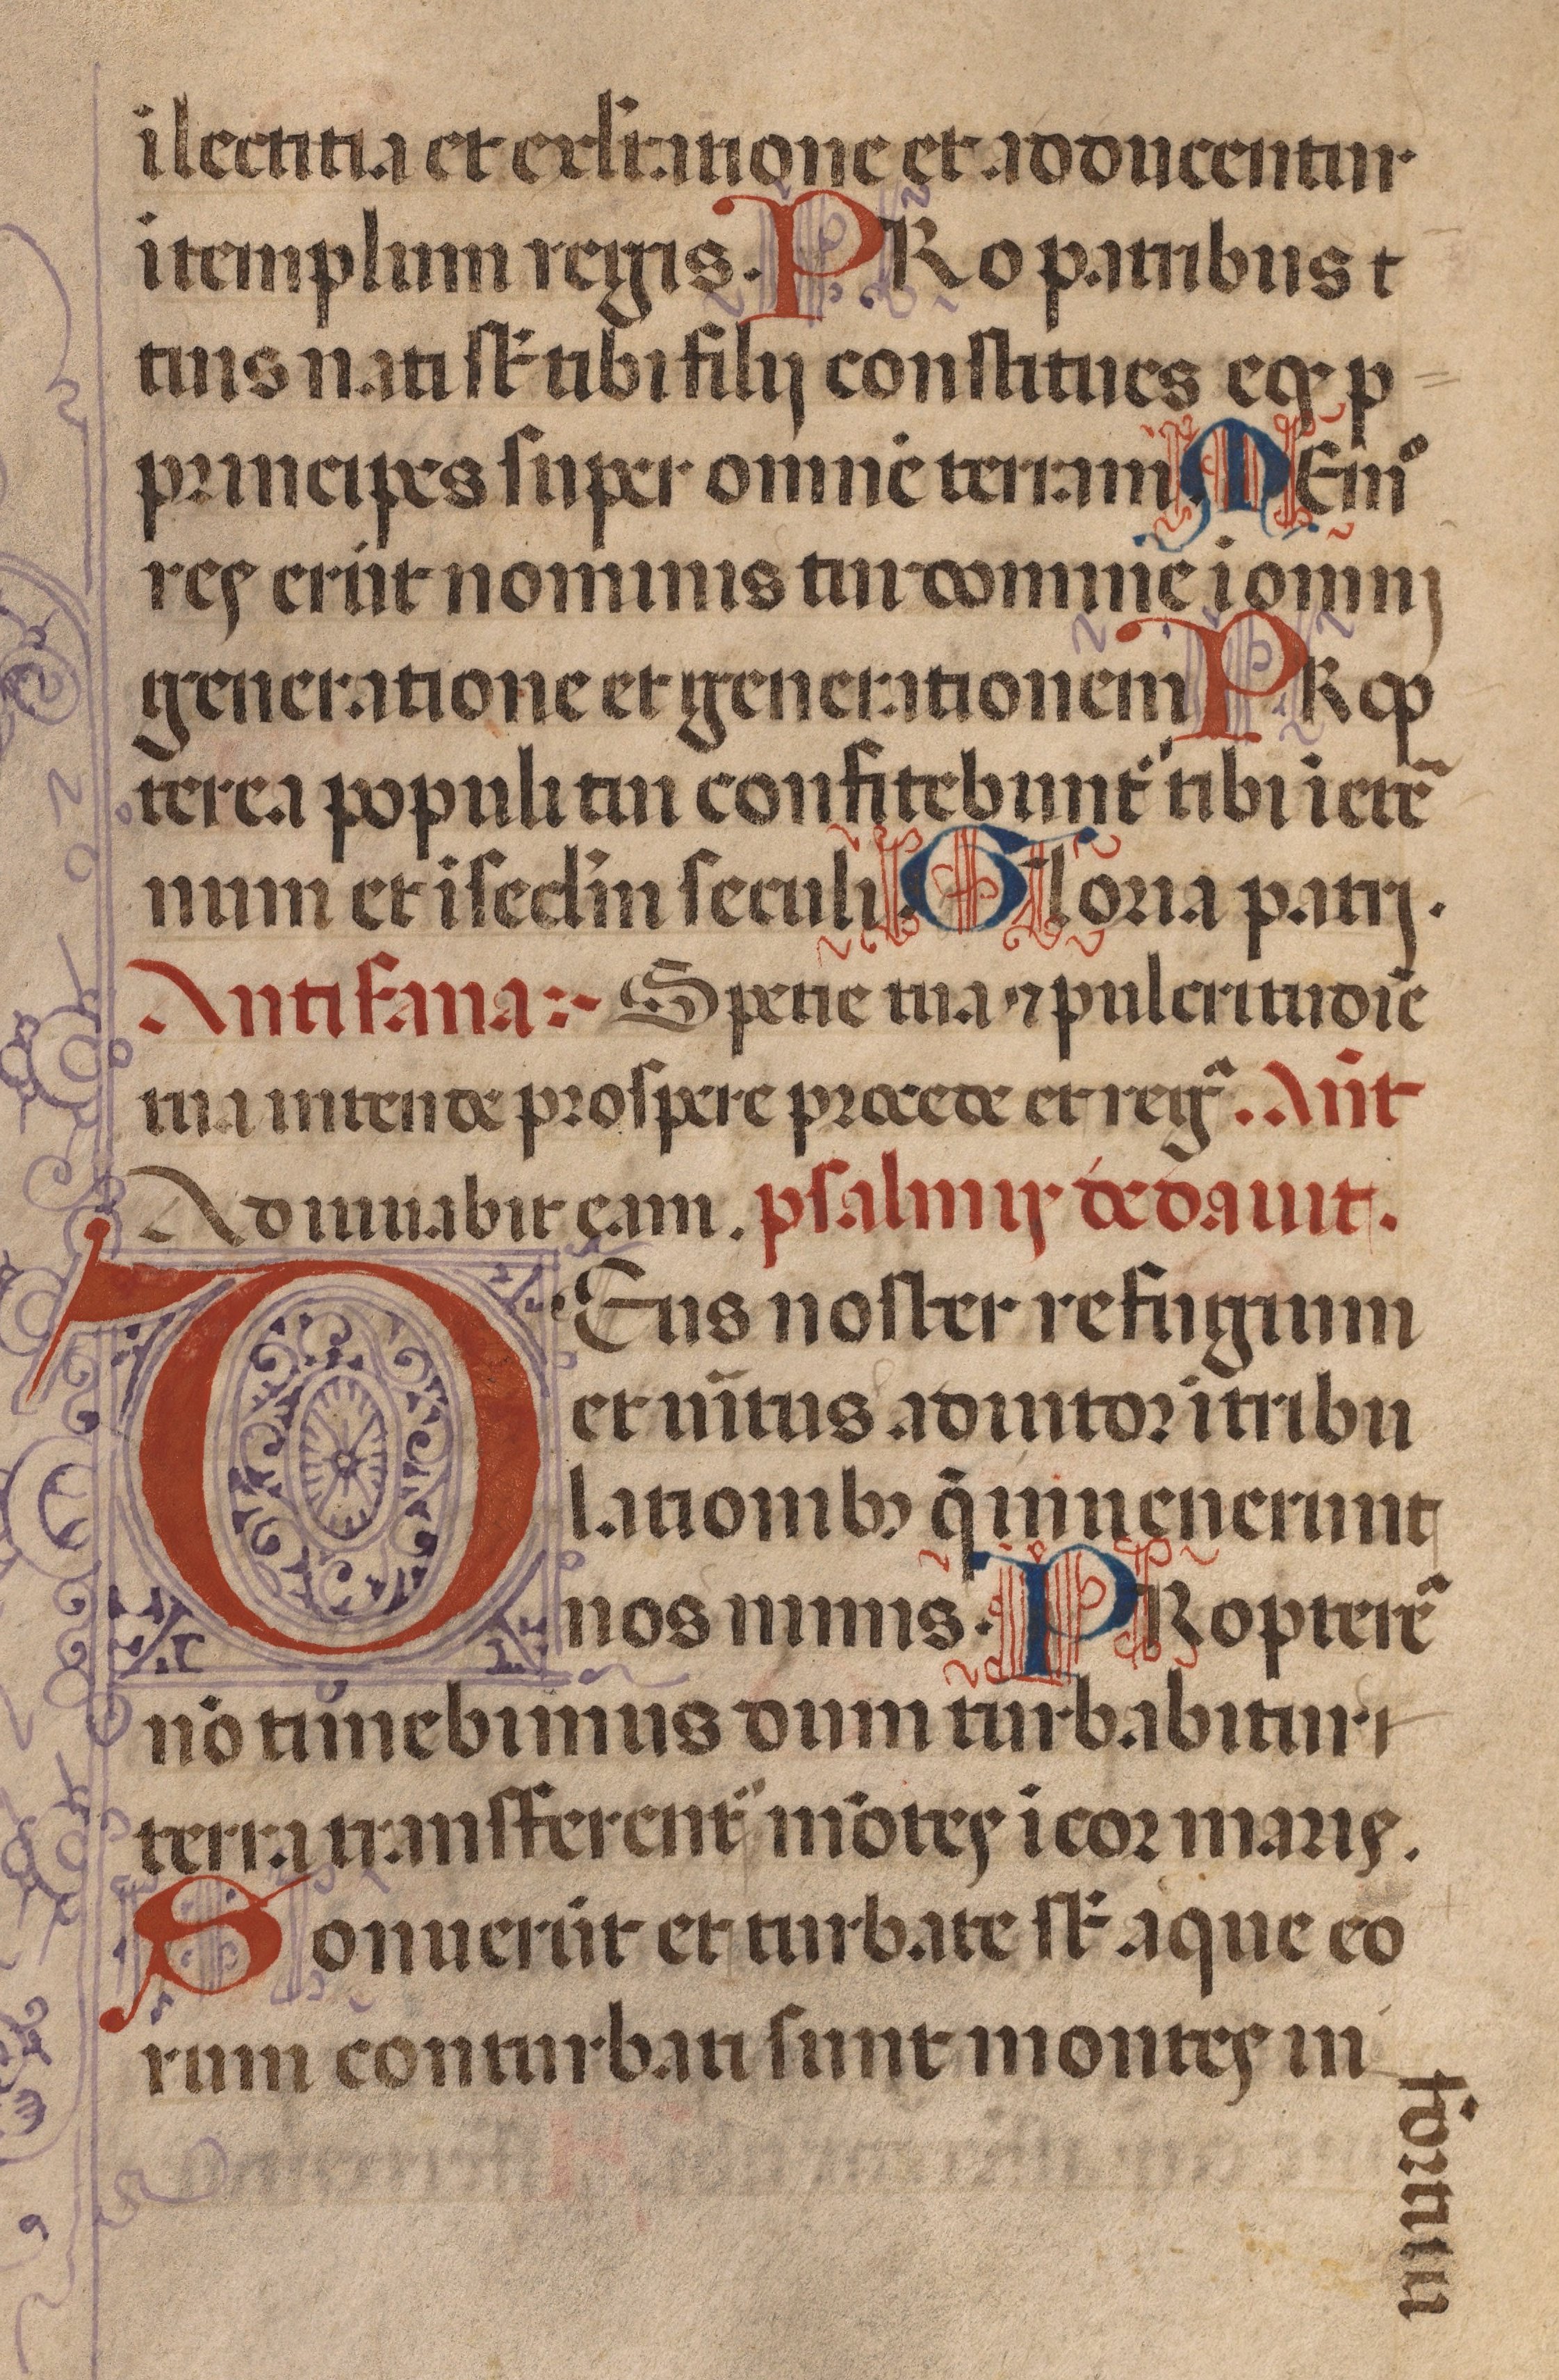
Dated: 1450–1484